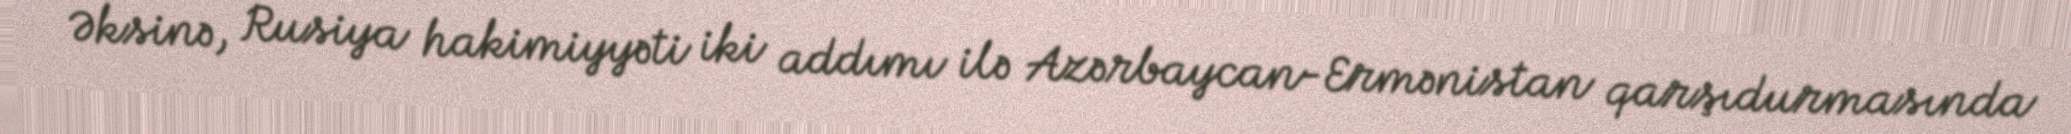
Əksinə, Rusiya hakimiyyəti iki addımı ilə Azərbaycan-Ermənistan qarşıdurmasında